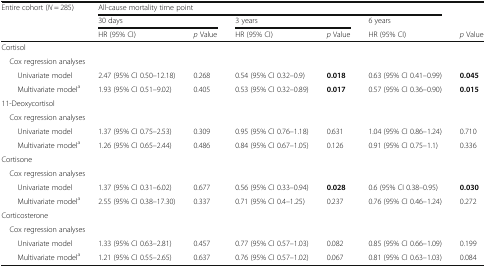
<table><thead><tr><td rowspan="2"><b>Entire cohort (<i>N</i> = 285)</b></td><td colspan="5"><b>All-cause mortality time point</b></td><td></td></tr><tr><td colspan="2"><b>30 days</b></td><td colspan="2"><b>3 years</b></td><td><b>6 years</b></td><td></td></tr><tr><td></td><td><b>HR (95% CI)</b></td><td><b><i>p</i> Value</b></td><td><b>HR (95% CI)</b></td><td><b><i>p</i> Value</b></td><td><b>HR (95% CI)</b></td><td><b><i>p</i> Value</b></td></tr></thead><tbody><tr><td colspan="7">Cortisol</td></tr><tr><td colspan="7"> Cox regression analyses</td></tr><tr><td>Univariate model</td><td>2.47 (95% CI 0.50–12.18)</td><td>0.268</td><td>0.54 (95% CI 0.32–0.9)</td><td><b>0.018</b></td><td>0.63 (95% CI 0.41–0.99)</td><td><b>0.045</b></td></tr><tr><td>Multivariate model<sup>a</sup></td><td>1.93 (95% CI 0.51–9.02)</td><td>0.405</td><td>0.53 (95% CI 0.32–0.89)</td><td><b>0.017</b></td><td>0.57 (95% CI 0.36–0.90)</td><td><b>0.015</b></td></tr><tr><td colspan="7">11-Deoxycortisol</td></tr><tr><td colspan="7"> Cox regression analyses</td></tr><tr><td>Univariate model</td><td>1.37 (95% CI 0.75–2.53)</td><td>0.309</td><td>0.95 (95% CI 0.76–1.18)</td><td>0.631</td><td>1.04 (95% CI 0.86–1.24)</td><td>0.710</td></tr><tr><td>Multivariate model<sup>a</sup></td><td>1.26 (95% CI 0.65–2.44)</td><td>0.486</td><td>0.84 (95% CI 0.67–1.05)</td><td>0.126</td><td>0.91 (95% CI 0.75–1.1)</td><td>0.336</td></tr><tr><td colspan="7">Cortisone</td></tr><tr><td colspan="7"> Cox regression analyses</td></tr><tr><td>Univariate model</td><td>1.37 (95% CI 0.31–6.02)</td><td>0.677</td><td>0.56 (95% CI 0.33–0.94)</td><td><b>0.028</b></td><td>0.6 (95% CI 0.38–0.95)</td><td><b>0.030</b></td></tr><tr><td>Multivariate model<sup>a</sup></td><td>2.55 (95% CI 0.38–17.30)</td><td>0.337</td><td>0.71 (95% CI 0.4–1.25)</td><td>0.237</td><td>0.76 (95% CI 0.46–1.24)</td><td>0.272</td></tr><tr><td colspan="7">Corticosterone</td></tr><tr><td colspan="7"> Cox regression analyses</td></tr><tr><td>Univariate model</td><td>1.33 (95% CI 0.63–2.81)</td><td>0.457</td><td>0.77 (95% CI 0.57–1.03)</td><td>0.082</td><td>0.85 (95% CI 0.66–1.09)</td><td>0.199</td></tr><tr><td>Multivariate model<sup>a</sup></td><td>1.21 (95% CI 0.55–2.65)</td><td>0.637</td><td>0.76 (95% CI 0.57–1.02)</td><td>0.067</td><td>0.81 (95% CI 0.63–1.03)</td><td>0.084</td></tr></tbody></table>